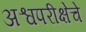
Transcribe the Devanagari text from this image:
अश्वपरीक्षेचे